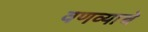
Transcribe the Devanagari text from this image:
वणव्याचे